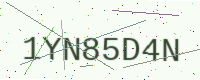
Text: 1YN85D4N